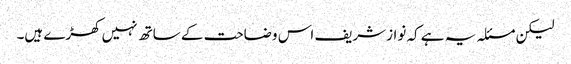
لیکن مسئلہ یہ ہے کہ نوازشریف اس وضاحت کے ساتھ نہیں کھڑے ہیں۔